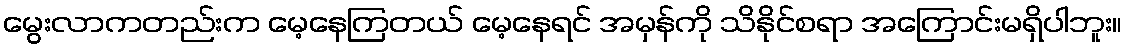
မွေးလာကတည်းက မေ့နေကြတယ် မေ့နေရင် အမှန်ကို သိနိုင်စရာ အကြောင်းမရှိပါဘူး။